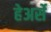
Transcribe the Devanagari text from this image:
हेअर्से